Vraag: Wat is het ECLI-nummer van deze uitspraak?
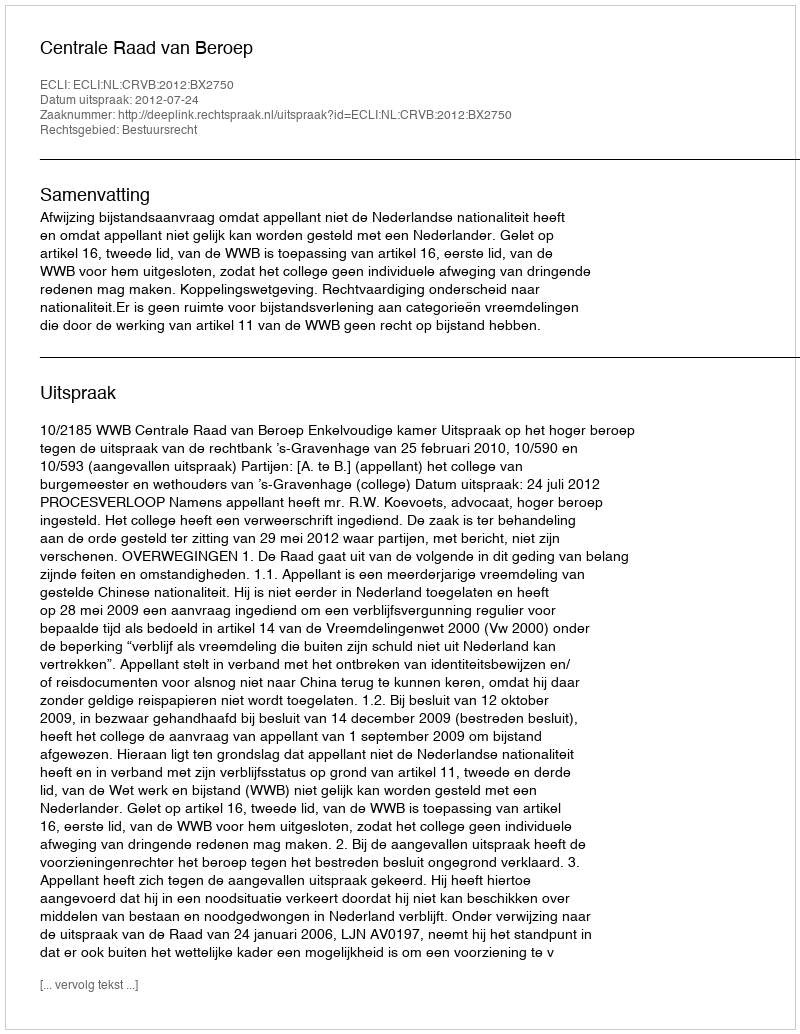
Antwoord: ECLI:NL:CRVB:2012:BX2750